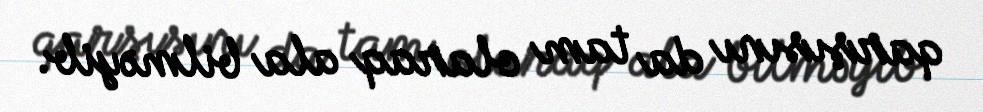
qarşısını da tam olaraq ala bilməyib.